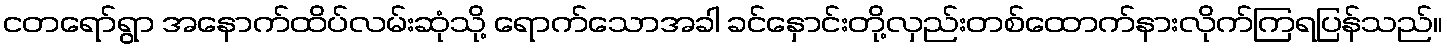
ငတရော်ရွာ အနောက်ထိပ်လမ်းဆုံသို့ ရောက်သောအခါ ခင်နှောင်းတို့လှည်းတစ်ထောက်နားလိုက်ကြရပြန်သည်။